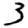
Digit: 3